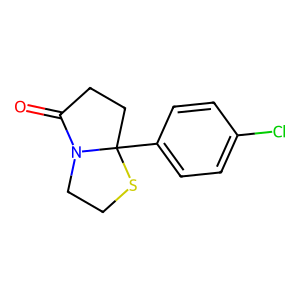
SMILES: O=C1CCC2(c3ccc(Cl)cc3)SCCN12
Inhibits HIV replication: No